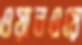
ওয়ানওয়ে